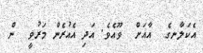
އެކަލާނގެ  އާއަށް  ވޫއެވެ. އަދި އެއުރެން މަރުވީ  ން